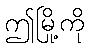
ဤမြို့ကို